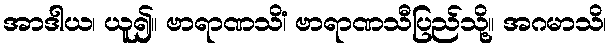
အာဒါယ၊ ယူ၍။ ဗာရာဏသိံ၊ ဗာရာဏသီပြည်သို့။ အဂမာသိ၊